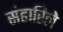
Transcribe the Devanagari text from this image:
संहारिले